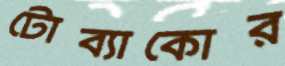
টোব্যাকোর